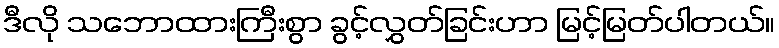
ဒီလို သဘောထားကြီးစွာ ခွင့်လွှတ်ခြင်းဟာ မြင့်မြတ်ပါတယ်။